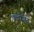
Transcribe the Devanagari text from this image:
क्लोजेट